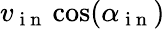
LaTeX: v_{\mathrm{~i~n~}}\cos(\alpha_{\mathrm{~i~n~}})